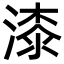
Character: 漆